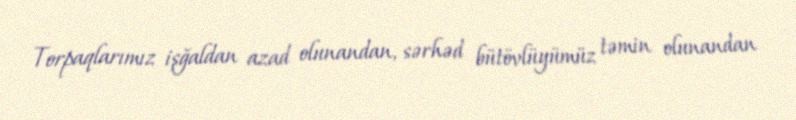
Torpaqlarımız işğaldan azad olunandan, sərhəd bütövlüyümüz təmin olunandan